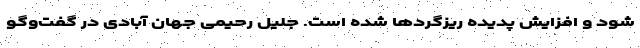
شود و افزایش پدیده ریزگردها شده است. جلیل رحیمی جهان آبادی در گفت‌وگو